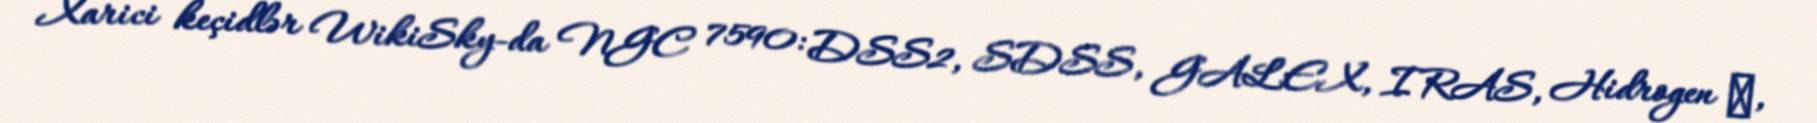
Xarici keçidlər WikiSky-da NGC 7590: DSS2, SDSS, GALEX, IRAS, Hidrogen α,